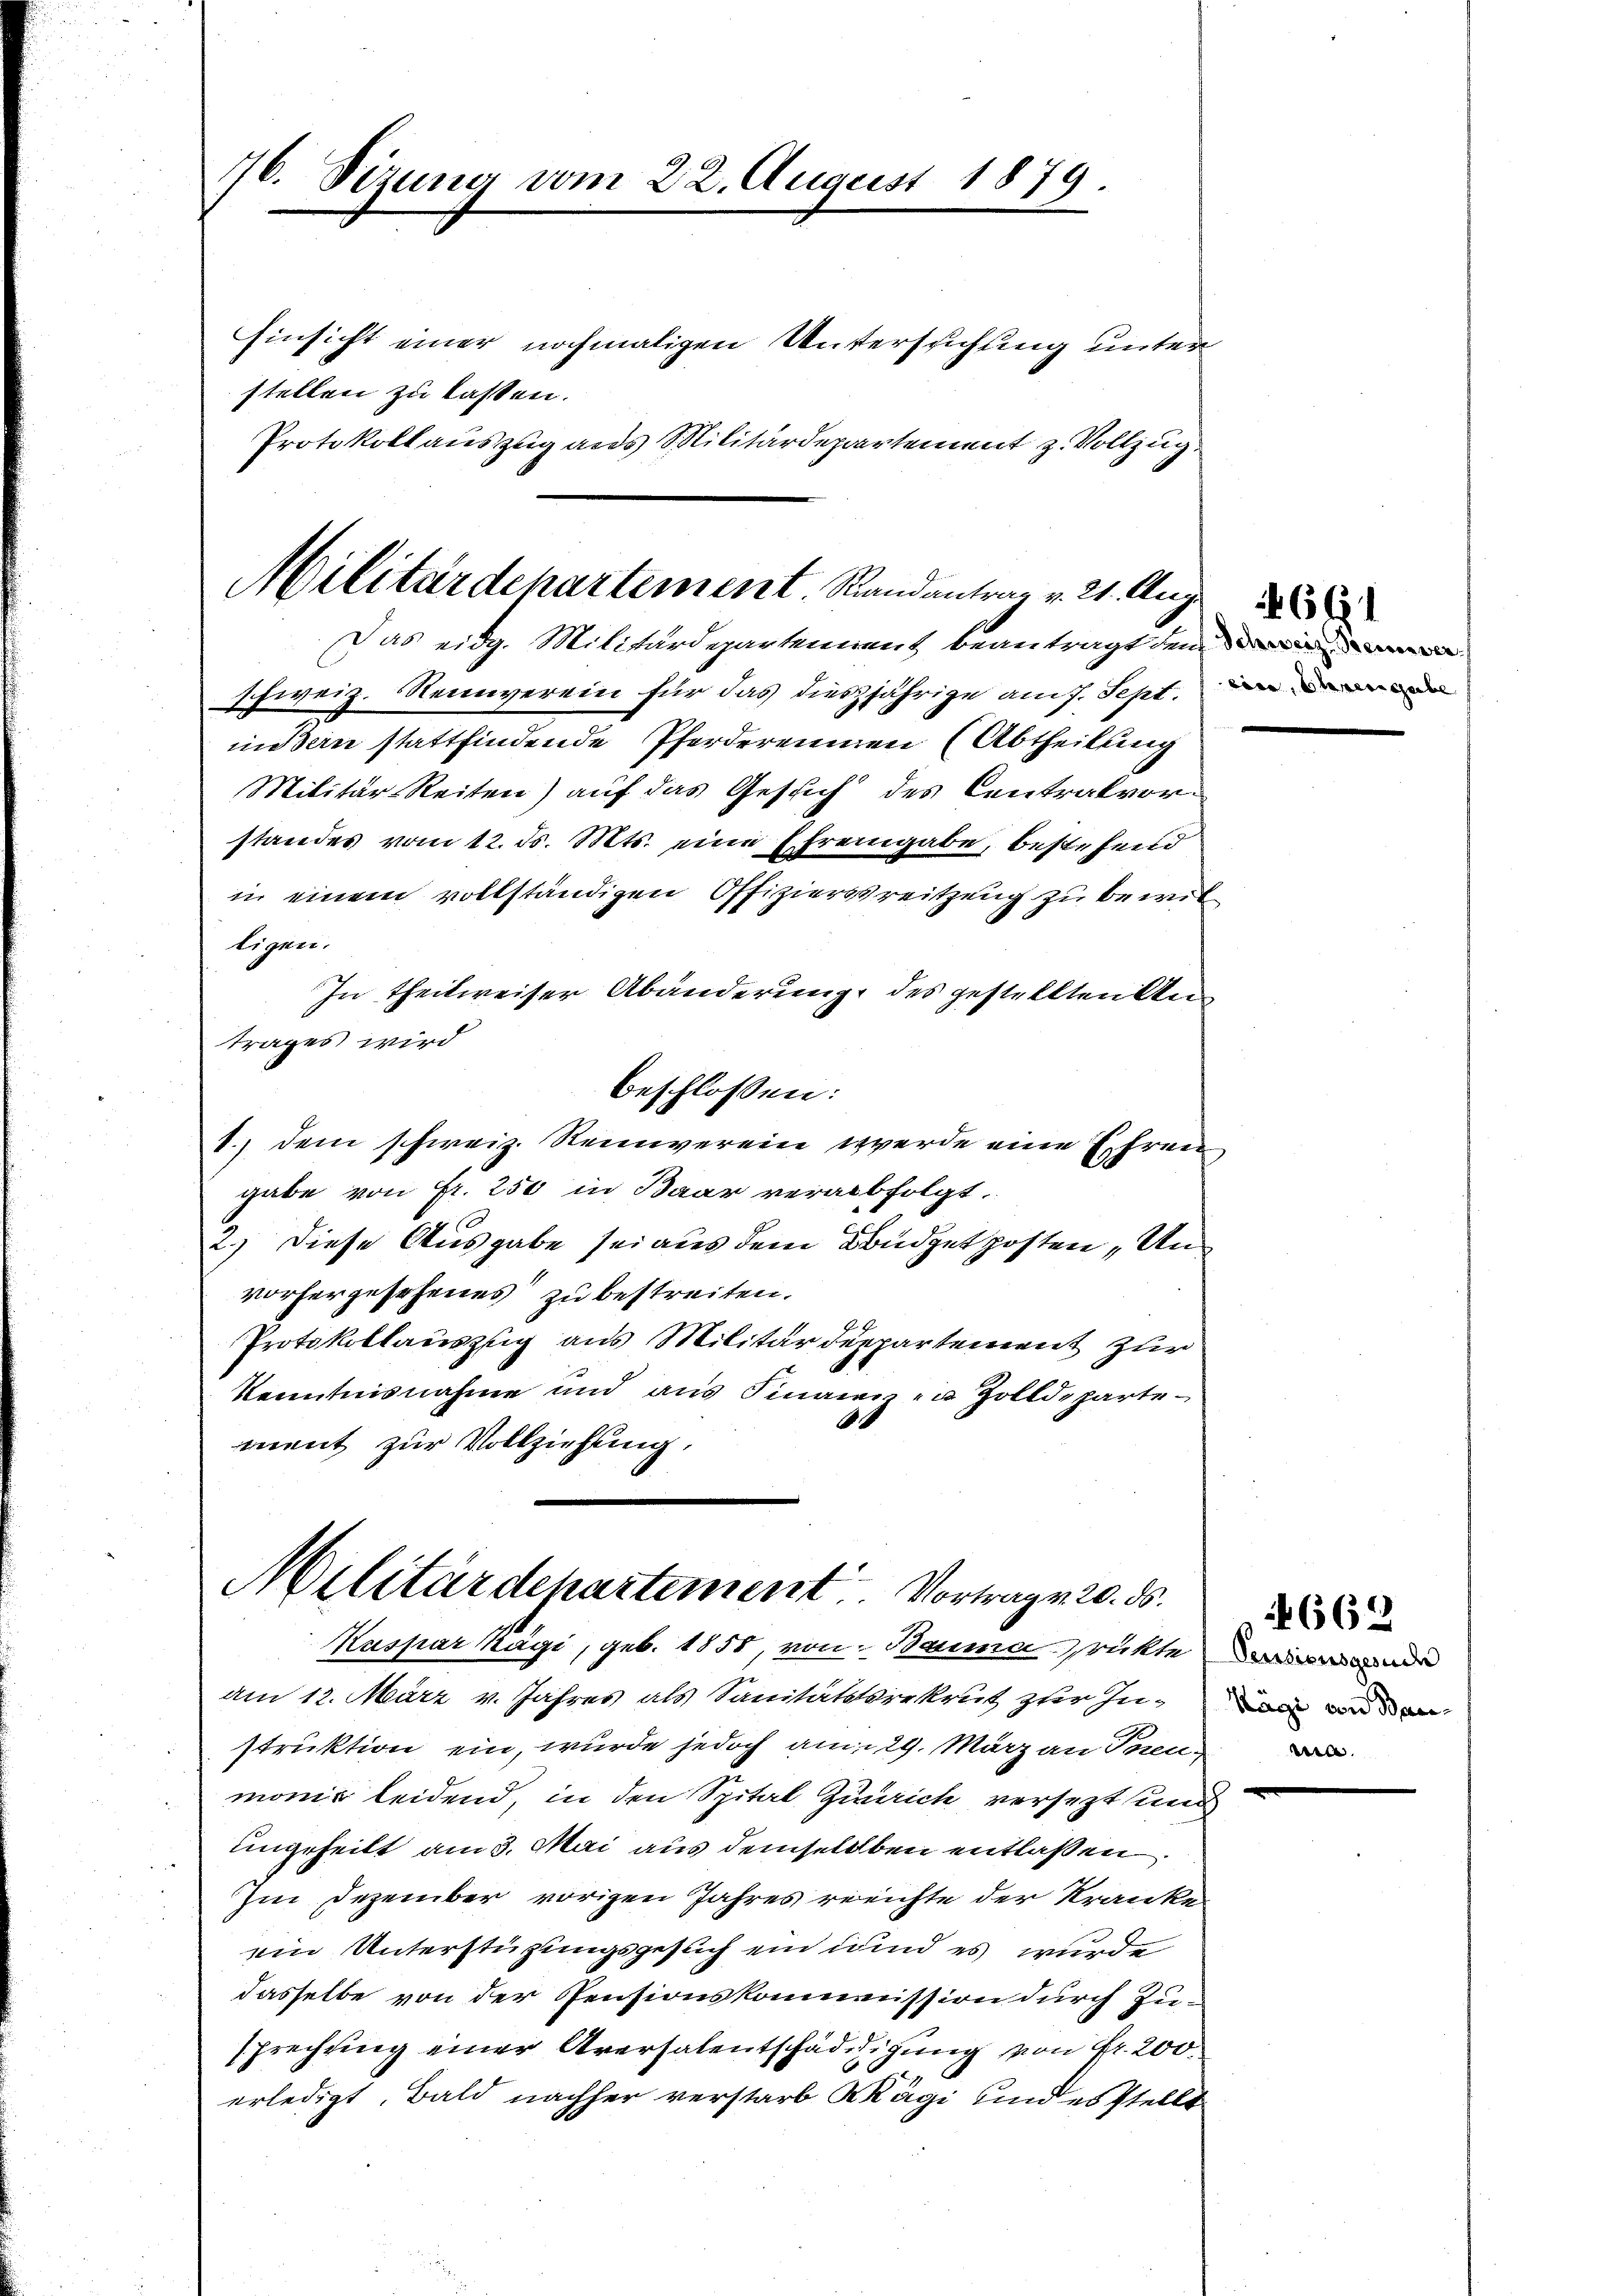
Protokollauszug aus Militärdepartement z. Vollzug.

Militärdepartement. Randantrag v. 21. Aug.
Das eidg. Militärdepartennent beantragt dem

Schweiz. Neinverein für das diesjährige ans. Sept,
indern stattfindende Pferdereinen (Abtheilung
Militär-Reiten) auf das Gesuch des Centralvorstandes vom 12. ds. Mts. eine Ehrengabe, bestehend
in einem vollständigen Offizierstreitzung zu bewil
1.) dem schweiz. Reinerein werde eine Ehren
gabe von Fr. 250 in Baar verabfolgt.
2.) Diese Ausgabe sei aus dem Büdgetposten „Un
vorhergesehenes zu bestreiten.
28
Protokollauszug aus Militärdeppartement zur
Kenntnisnahme und aus Sinaien zu Zolldeparte¬
9
ment zur Vollziehung,

76. Sizung vom 22. August 1879.
Einsicht einer nochmaligen Untersuchung unter
stellen zu lassen.

ligen.
In theilweiser Abänderung des gestellten Antrages wird
beschlossen:

Militärdepartement Vortrag v. 20. ds.
Kaspar Kägi, geb. 1858, von Bauma, rüktende

am 12. März v. Jahres als Sanitätstrekrut zur Instruktion ein, wurde jedoch am 29. März an Inen
monie leidend, in den Spital Zürich versezt und
ungeheilt am 3. Mai aus demselben entlaßen
Im Dezember vorigen Jahres rreichte der Kranke
ein Unterstützungsgesuch ein und es wurde
dasselbe von der Pensionskommission durch Züsprechung einer Aversalentschädigung von Fr. 200
erledigt. Bald nachher verstarb Kägi und es stellt

661

662
Hägi von Bau-